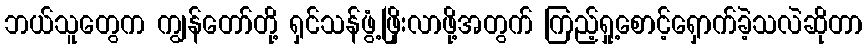
ဘယ်သူတွေက ကျွန်တော်တို့ ရှင်သန်ဖွံ့ဖြိုးလာဖို့အတွက် ကြည့်ရှု့စောင့်ရှောက်ခဲ့သလဲဆိုတာ